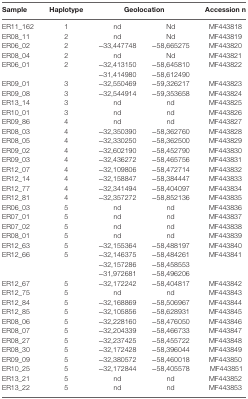
<table><thead><tr><td><b>Sample</b></td><td><b>Haplotype</b></td><td colspan="2"><b>Geolocation</b></td><td><b>Accession n</b></td></tr></thead><tbody><tr><td>ER11_162</td><td>1</td><td>nd</td><td>Nd</td><td>MF443818</td></tr><tr><td>ER08_11</td><td>2</td><td>nd</td><td>Nd</td><td>MF443819</td></tr><tr><td>ER06_02</td><td>2</td><td>−33,447748</td><td>−58,665275</td><td>MF443820</td></tr><tr><td>ER08_04</td><td>2</td><td>nd</td><td>Nd</td><td>MF443821</td></tr><tr><td rowspan="2">ER06_01</td><td rowspan="2">2</td><td>−32,413150</td><td>−58,645810</td><td rowspan="2">MF443822</td></tr><tr><td>−31,414980</td><td>−58,612490</td></tr><tr><td>ER09_01</td><td>3</td><td>−32,550469</td><td>−59,326217</td><td>MF443823</td></tr><tr><td>ER09_08</td><td>3</td><td>−32,544914</td><td>−59,353658</td><td>MF443824</td></tr><tr><td>ER13_14</td><td>3</td><td>nd</td><td>nd</td><td>MF443825</td></tr><tr><td>ER10_01</td><td>3</td><td>nd</td><td>nd</td><td>MF443826</td></tr><tr><td>ER09_86</td><td>4</td><td>nd</td><td>nd</td><td>MF443827</td></tr><tr><td>ER08_03</td><td>4</td><td>−32,350390</td><td>−58,362760</td><td>MF443828</td></tr><tr><td>ER08_05</td><td>4</td><td>−32,330250</td><td>−58,362500</td><td>MF443829</td></tr><tr><td>ER09_02</td><td>4</td><td>−32,602190</td><td>−58,452790</td><td>MF443830</td></tr><tr><td>ER09_03</td><td>4</td><td>−32,436272</td><td>−58,465756</td><td>MF443831</td></tr><tr><td>ER12_07</td><td>4</td><td>−32,109806</td><td>−58,472714</td><td>MF443832</td></tr><tr><td>ER12_14</td><td>4</td><td>−32,158847</td><td>−58,384447</td><td>MF443833</td></tr><tr><td>ER12_77</td><td>4</td><td>−32,341494</td><td>−58,404097</td><td>MF443834</td></tr><tr><td>ER12_81</td><td>4</td><td>−32,357272</td><td>−58,852136</td><td>MF443835</td></tr><tr><td>ER06_03</td><td>5</td><td>nd</td><td>nd</td><td>MF443836</td></tr><tr><td>ER07_01</td><td>5</td><td>nd</td><td>nd</td><td>MF443837</td></tr><tr><td>ER07_02</td><td>5</td><td>nd</td><td>nd</td><td>MF443838</td></tr><tr><td>ER08_01</td><td>5</td><td>nd</td><td>nd</td><td>MF443839</td></tr><tr><td>ER12_63</td><td>5</td><td>−32,155364</td><td>−58,488197</td><td>MF443840</td></tr><tr><td>ER12_66</td><td>5</td><td>−32,146375</td><td>−58,484261</td><td rowspan="3">MF443841</td></tr><tr><td rowspan="2"></td><td rowspan="2"></td><td>−32,157286</td><td>−58,458553</td></tr><tr><td>−31,972681</td><td>−58,496206</td></tr><tr><td>ER12_67</td><td>5</td><td>−32,172242</td><td>−58,404817</td><td>MF443842</td></tr><tr><td>ER12_75</td><td>5</td><td>nd</td><td>nd</td><td>MF443843</td></tr><tr><td>ER12_84</td><td>5</td><td>−32,168869</td><td>−58,506967</td><td>MF443844</td></tr><tr><td>ER12_85</td><td>5</td><td>−32,105856</td><td>−58,628931</td><td>MF443845</td></tr><tr><td>ER08_06</td><td>5</td><td>−32,228160</td><td>−58,476050</td><td>MF443846</td></tr><tr><td>ER08_07</td><td>5</td><td>−32,204339</td><td>−58,466733</td><td>MF443847</td></tr><tr><td>ER08_27</td><td>5</td><td>−32,237425</td><td>−58,455722</td><td>MF443848</td></tr><tr><td>ER08_30</td><td>5</td><td>−32,172428</td><td>−58,396044</td><td>MF443849</td></tr><tr><td>ER09_09</td><td>5</td><td>−32,380572</td><td>−58,460018</td><td>MF443850</td></tr><tr><td>ER10_25</td><td>5</td><td>−32,172844</td><td>−58,405578</td><td>MF443851</td></tr><tr><td>ER13_21</td><td>5</td><td>nd</td><td>nd</td><td>MF443852</td></tr><tr><td>ER13_22</td><td>5</td><td>nd</td><td>nd</td><td>MF443853</td></tr></tbody></table>